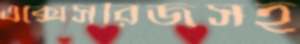
এক্সেসরিজসহ